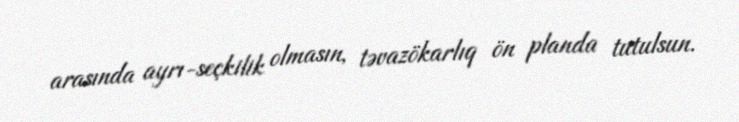
arasında ayrı-seçkilik olmasın, təvazökarlıq ön planda tutulsun.